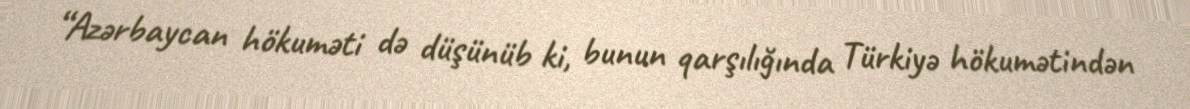
“Azərbaycan hökuməti də düşünüb ki, bunun qarşılığında Türkiyə hökumətindən